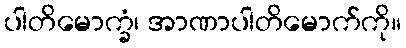
ပါတိမောက္ခံ၊ အာဏာပါတိမောက်ကို။